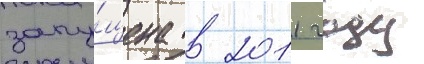
запу́щена в 2011 году